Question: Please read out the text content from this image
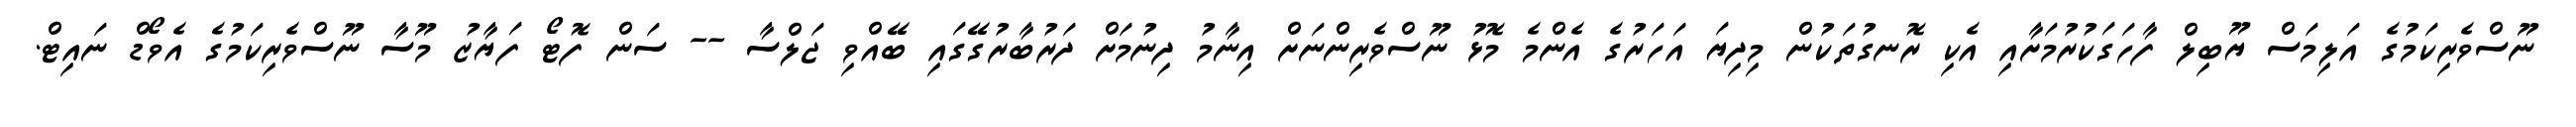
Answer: ނޫސްވެރިކަމުގެ އަލިމަސް ޔޫބިލް ފާހަގަކުރުމަށާއި އެކި ރޮނގުތަކުން މިދިޔަ އަހަރުގެ އެންމެ މޮޅު ނޫސްވެރިންނަށް އިނާމު ދިނުމަށް ދަރުބާރުގޭގައި ބޭއްވި ޖަލްސާ -- ސަން ފޮޓޯ ފަޔާޒު މޫސާ ނޫސްވެރިކަމުގެ އެވޯޑް ނައިޓް.